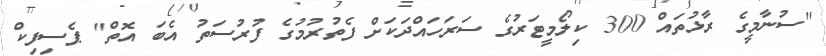
"ސުނާމީގެ ރާޅުތައް 300 ކިލޯމީޓަރުގެ ސަރަހައްދަކަށް ފެތުރުމުގެ ފުރުސަތު އެބަ އޮތް" ޕެސިފިކް